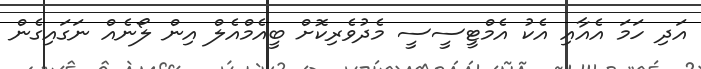
އަދި ހަމަ އެއާއި އެކު އެމްޓީސީސީ މެދުވެރިކޮށް ބީއެމްއެލް އިން ލޯނެއް ނަގައިގެން